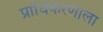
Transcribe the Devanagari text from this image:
प्राधिकरणाला